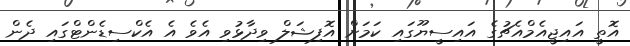
އޮތީ އައިޖީއެމްއެޗުގެ އައިސީޔޫގައި ކަމަށް އޮފިޝަލް ވިދާޅުވި އެވެ އެ އެކްސިޑެންޓްގައި ދެން